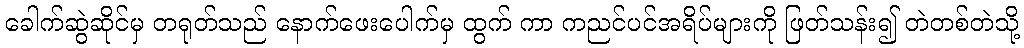
ခေါက်ဆွဲဆိုင်မှ တရုတ်သည် နောက်ဖေးပေါက်မှ ထွက် ကာ ကညင်ပင်အရိပ်များကို ဖြတ်သန်း၍ တဲတစ်တဲသို့